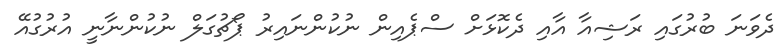
ދެވަނަ ބުރުގައި ރަޝިއާ އާއި ދެކޮޅަށް ސްޕެއިން ނުކުންނައިރު ޕޯޗުގަލް ނުކުންނާނީ އުރުގުއޭ